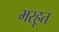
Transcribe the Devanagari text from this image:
भरहूत